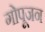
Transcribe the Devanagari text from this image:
गोपूजन